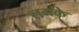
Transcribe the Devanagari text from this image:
लगके